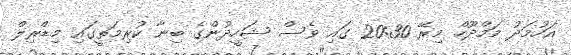
އަހުމަދު މަމްދޫހް މިރޭ 20:30 ގައި ވެސް ޝަހީދުންގެ ބިނާ ކުރިމަތީގައި މިޑްރިލް